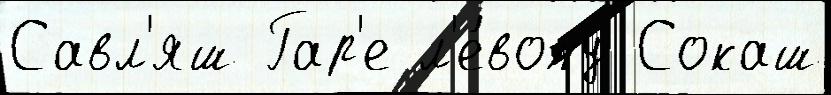
Савл'яш Гар'е л'е́вому Сокаш